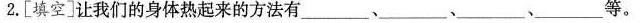
2.[填空]让我们的身体热起来的方法有___、___、___、___等。